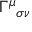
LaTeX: \Gamma ^ { \mu } { } _ { \sigma \nu }